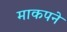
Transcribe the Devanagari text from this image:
माकपने